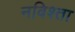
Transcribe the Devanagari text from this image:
नविश्ता